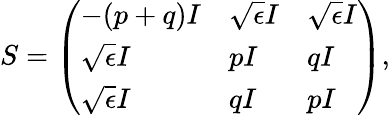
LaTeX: S=\left(\begin{array}{lll}{-(p+q)I}&{\sqrt{\epsilon}I}&{\sqrt{\epsilon}I}\\ {\sqrt{\epsilon}I}&{pI}&{qI}\\ {\sqrt{\epsilon}I}&{qI}&{pI}\end{array}\right),